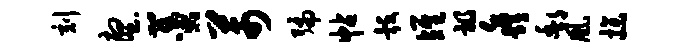
刻壑羹芾编帖彀雉祸淼酆凰操